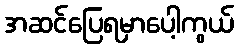
အဆင်ပြေရမှာပေါ့ကွယ်